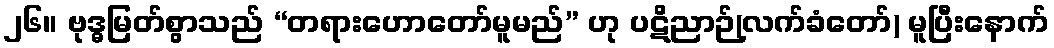
၂၆။ ဗုဒ္ဓမြတ်စွာသည် “တရားဟောတော်မူမည်” ဟု ပဋိညာဉ်(လက်ခံတော်) မူပြီးနောက်